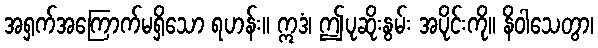
အရှက်အကြောက်မရှိသော ရဟန်း။ ဣဒံ၊ ဤပုဆိုးနွမ်း အပိုင်းကို။ နိဝါသေတွာ၊